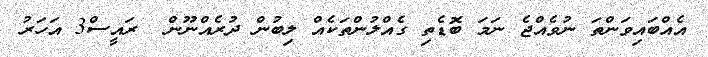
އެއްބައިވަންތަ ނުވެއްޖެ ނަމަ ބޮޑެތި ގެއްލުންތަކެއް ލިބުން ދުރެއްނޫން  ރައީސް3 އަހަރު